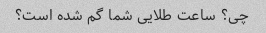
چی؟ ساعت طلایی شما گم شده است؟